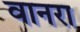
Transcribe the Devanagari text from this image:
वानरा